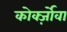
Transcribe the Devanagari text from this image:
कोर्क्ज़ोवा